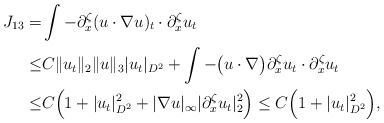
\begin{align*}J_{13}=&\int -\partial^\zeta_x(u\cdot\nabla u)_t \cdot \partial^\zeta_x u_t \\\leq & C\|u_t\|_2\|u\|_3| u_t|_{D^2}+\int -\big(u\cdot \nabla\big) \partial^\zeta_x u_t \cdot \partial^\zeta_x u_t \\\leq & C\Big(1+| u_t|^2_{D^2}+|\nabla u|_\infty|\partial^\zeta_x u_t|^2_2\Big) \leq C\Big(1+| u_t|^2_{D^2}\Big),\end{align*}